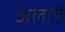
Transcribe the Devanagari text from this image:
अलापे